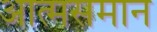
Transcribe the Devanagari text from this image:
आत्मसमान